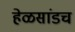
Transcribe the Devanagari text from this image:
हेळसांडच